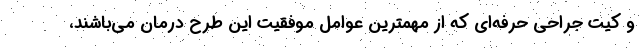
و كيت جراحی حرفه­ای که از مهمترين عوامل موفقيت این طرح درمان می­باشند،